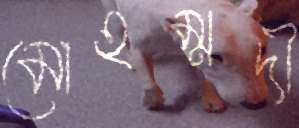
মোহম্মদী